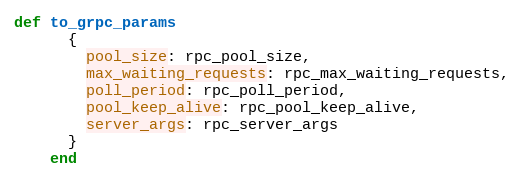
Language: Ruby
def to_grpc_params
      {
        pool_size: rpc_pool_size,
        max_waiting_requests: rpc_max_waiting_requests,
        poll_period: rpc_poll_period,
        pool_keep_alive: rpc_pool_keep_alive,
        server_args: rpc_server_args
      }
    end